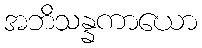
အဘိသန္နကာယော